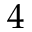
4